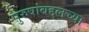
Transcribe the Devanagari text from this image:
पुरुषांबद्दलच्या